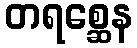
တရစ္ဆေန